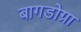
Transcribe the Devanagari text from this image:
बागडोग्रा